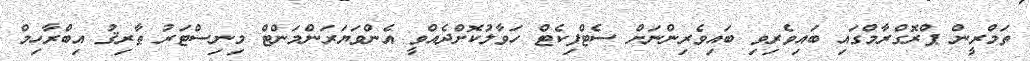
ތަމްރީން ޕްރޮގްރާމްގައި ބައިވެރިވި ބައިވެރިންނަށް ސެޓްފިކެޓް ހަވާލުކޮށްދެއްވީ އެންވަޔަރަންމަންޓް މިނިސްޓަރު ޠާރިޤު އިބްރާހިމް